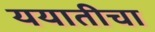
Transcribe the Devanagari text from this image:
ययातीचा